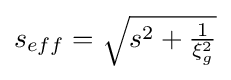
s_{eff}={\sqrt {s^{2}+{\tfrac {1}{\xi _{g}^{2}}}}}